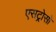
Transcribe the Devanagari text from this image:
एसट्रोसो